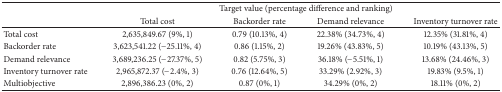
|  | <COLSPAN=4> Target value (percentage difference and ranking) |
 |  | Total cost | Backorder rate | Demand relevance | Inventory turnover rate |
 | --- | --- | --- | --- | --- |
 | Total cost | 2,635,849.67 (9%, 1) | 0.79 (10.13%, 4) | 22.38% (34.73%, 4) | 12.35% (31.81%, 4) |
 | Backorder rate | 3,623,541.22 (−25.11%, 4) | 0.86 (1.15%, 2) | 19.26% (43.83%, 5) | 10.19% (43.13%, 5) |
 | Demand relevance | 3,689,236.25 (−27.37%, 5) | 0.82 (5.75%, 3) | 36.18% (−5.51%, 1) | 13.68% (24.46%, 3) |
 | Inventory turnover rate | 2,965,872.37 (−2.4%, 3) | 0.76 (12.64%, 5) | 33.29% (2.92%, 3) | 19.83% (9.5%, 1) |
 | Multiobjective | 2,896,386.23 (0%, 2) | 0.87 (0%, 1) | 34.29% (0%, 2) | 18.11% (0%, 2) |